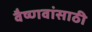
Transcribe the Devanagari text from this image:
वैष्णवांसाठी